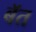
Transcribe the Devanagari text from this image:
बॅत